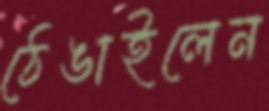
ঠেঙাইলেন